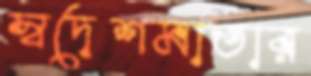
স্বদেশমাতার